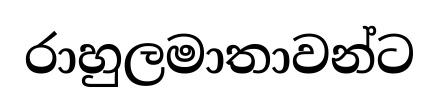
රාහුලමාතාවන්ට